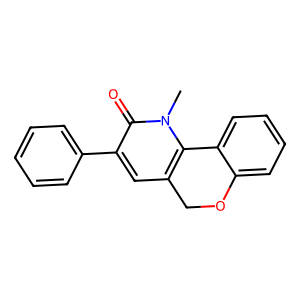
SMILES: Cn1c2c(cc(-c3ccccc3)c1=O)COc1ccccc1-2
Inhibits HIV replication: No